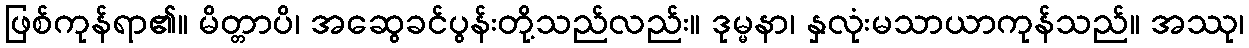
ဖြစ်ကုန်ရာ၏။ မိတ္တာပိ၊ အဆွေခင်ပွန်းတို့သည်လည်း။ ဒုမ္မနာ၊ နှလုံးမသာယာကုန်သည်။ အဿု၊